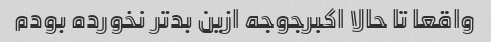
واقعا تا حالا اکبرجوجه ازین بدتر نخورده بودم